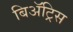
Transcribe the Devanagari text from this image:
बिॲट्रिस